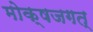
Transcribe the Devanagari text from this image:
मोक्षजगत्